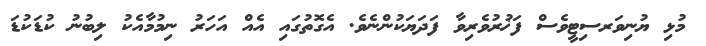
މުޅި ޔުނިވަރސިޓީވެސް ފަޚުރުވެރިވާ ފަދަޔަކުންނެވެ. އެގޮތުގައި އެއް އަހަރު ނިމުމާއެކު ލިބުނު ކުޑަކުޑަ